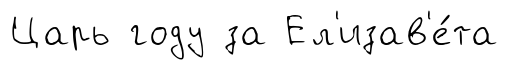
Царь году за Ел'изав'е́та